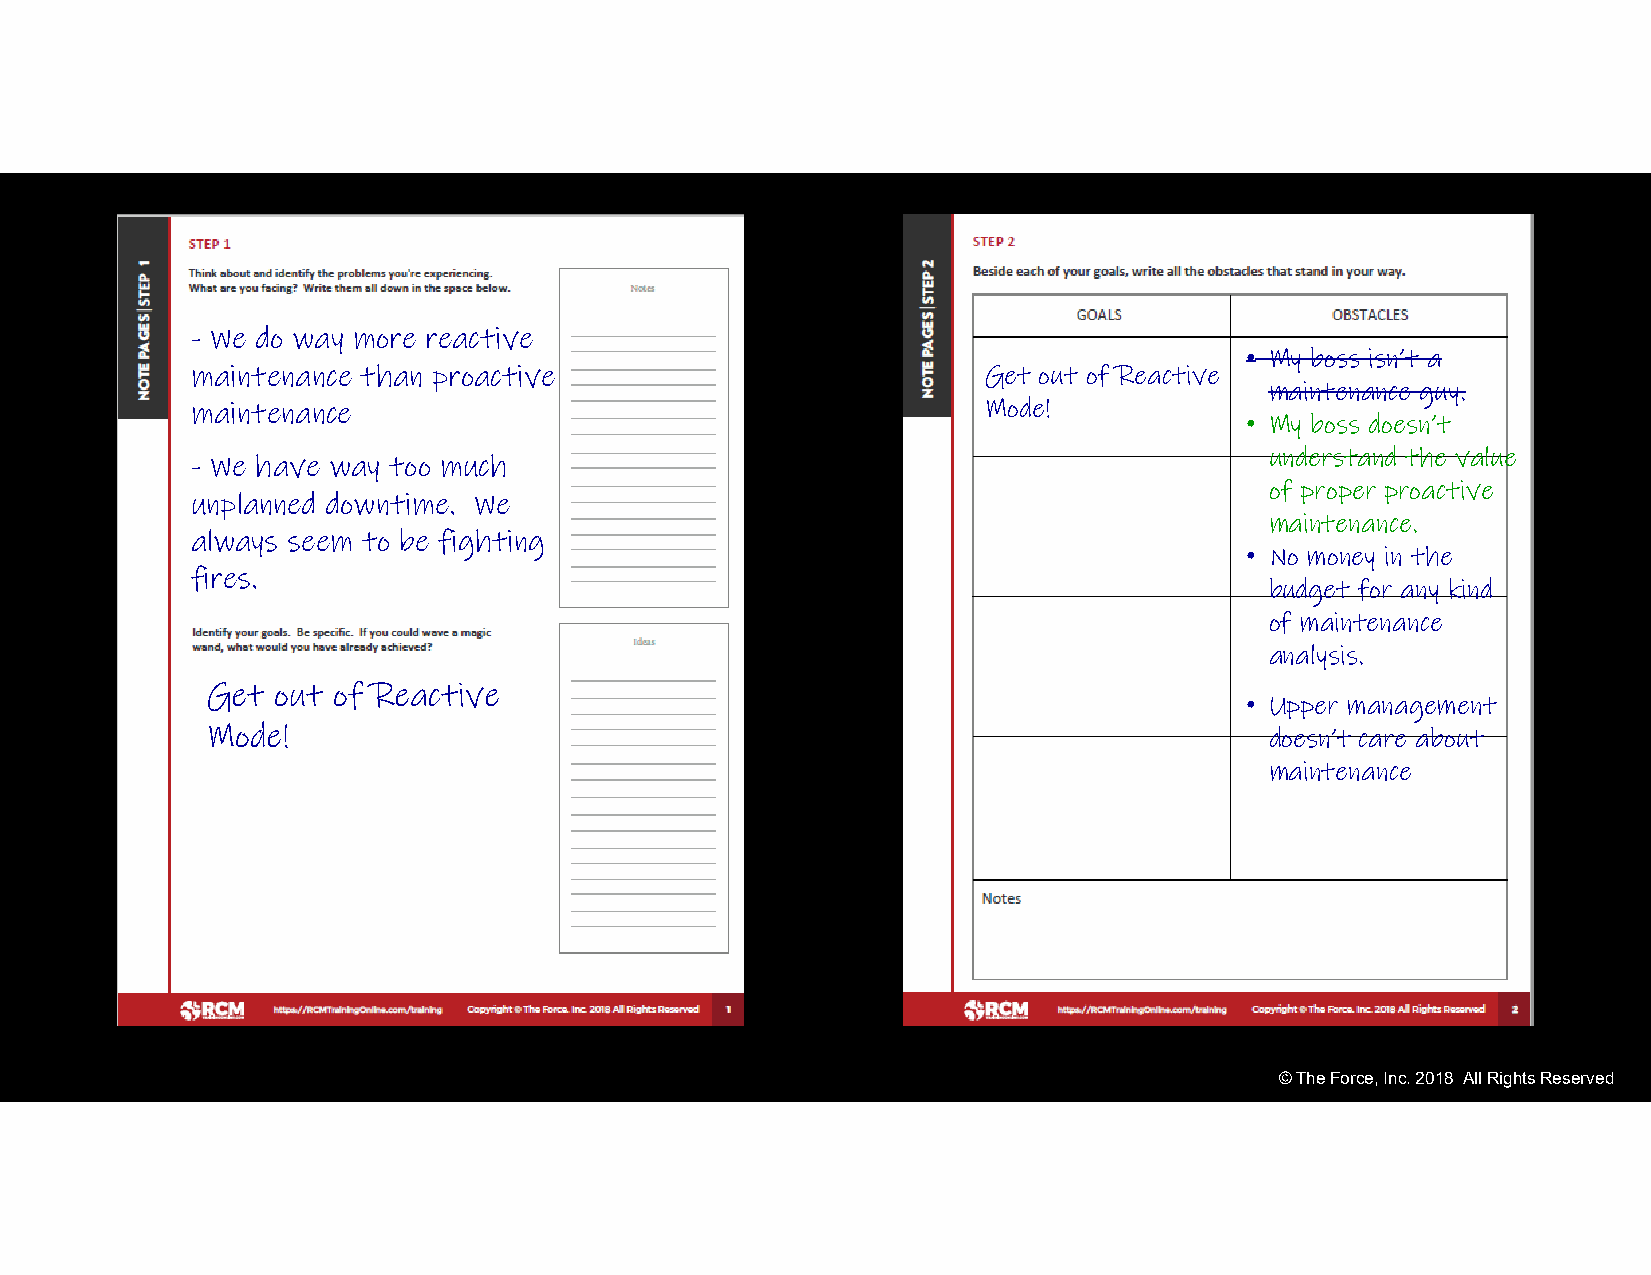
- We do way more reactive
 • My boss isn’t a
 maintenance than proactive                          Get out of Reactive
 maintenance guy.
 maintenance                                         Mode!
 • My boss doesn’t
 understand the value
 - We have way too much
 of proper proactive
 unplanned downtime. We
 maintenance.
 always seem to be fighting
 • No money in the
 fires.
 budget for any kind
 of maintenance
 analysis.
 Get out of Reactive
 • Upper management
 Mode!                                                                 doesn’t care about
 maintenance
 © The Force, Inc. 2018 All Rights Reserved